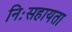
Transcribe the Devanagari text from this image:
निःसहायता